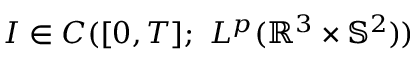
I \in C ( [ 0 , T ] ; \ L ^ { p } ( \mathbb { R } ^ { 3 } \times \mathbb { S } ^ { 2 } ) )